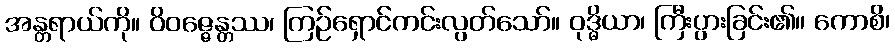
အန္တရာယ်ကို။ ဝိဝဇ္ဇေန္တဿ၊ ကြဉ်ရှောင်ကင်းလွတ်သော်။ ဝုဒ္ဓိယာ၊ ကြီးပွားခြင်း၏။ ကောစိ၊